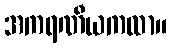
အကရဏီယကထာ။